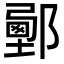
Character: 𨞉